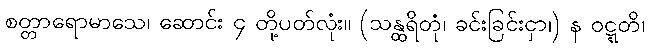
စတ္တာရောမာသေ၊ ဆောင်း ၄ တို့ပတ်လုံး။ (သန္ထရိတုံ၊ ခင်းခြင်းငှာ၊) န ဝဋ္ဋတိ၊